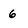
Character: 6